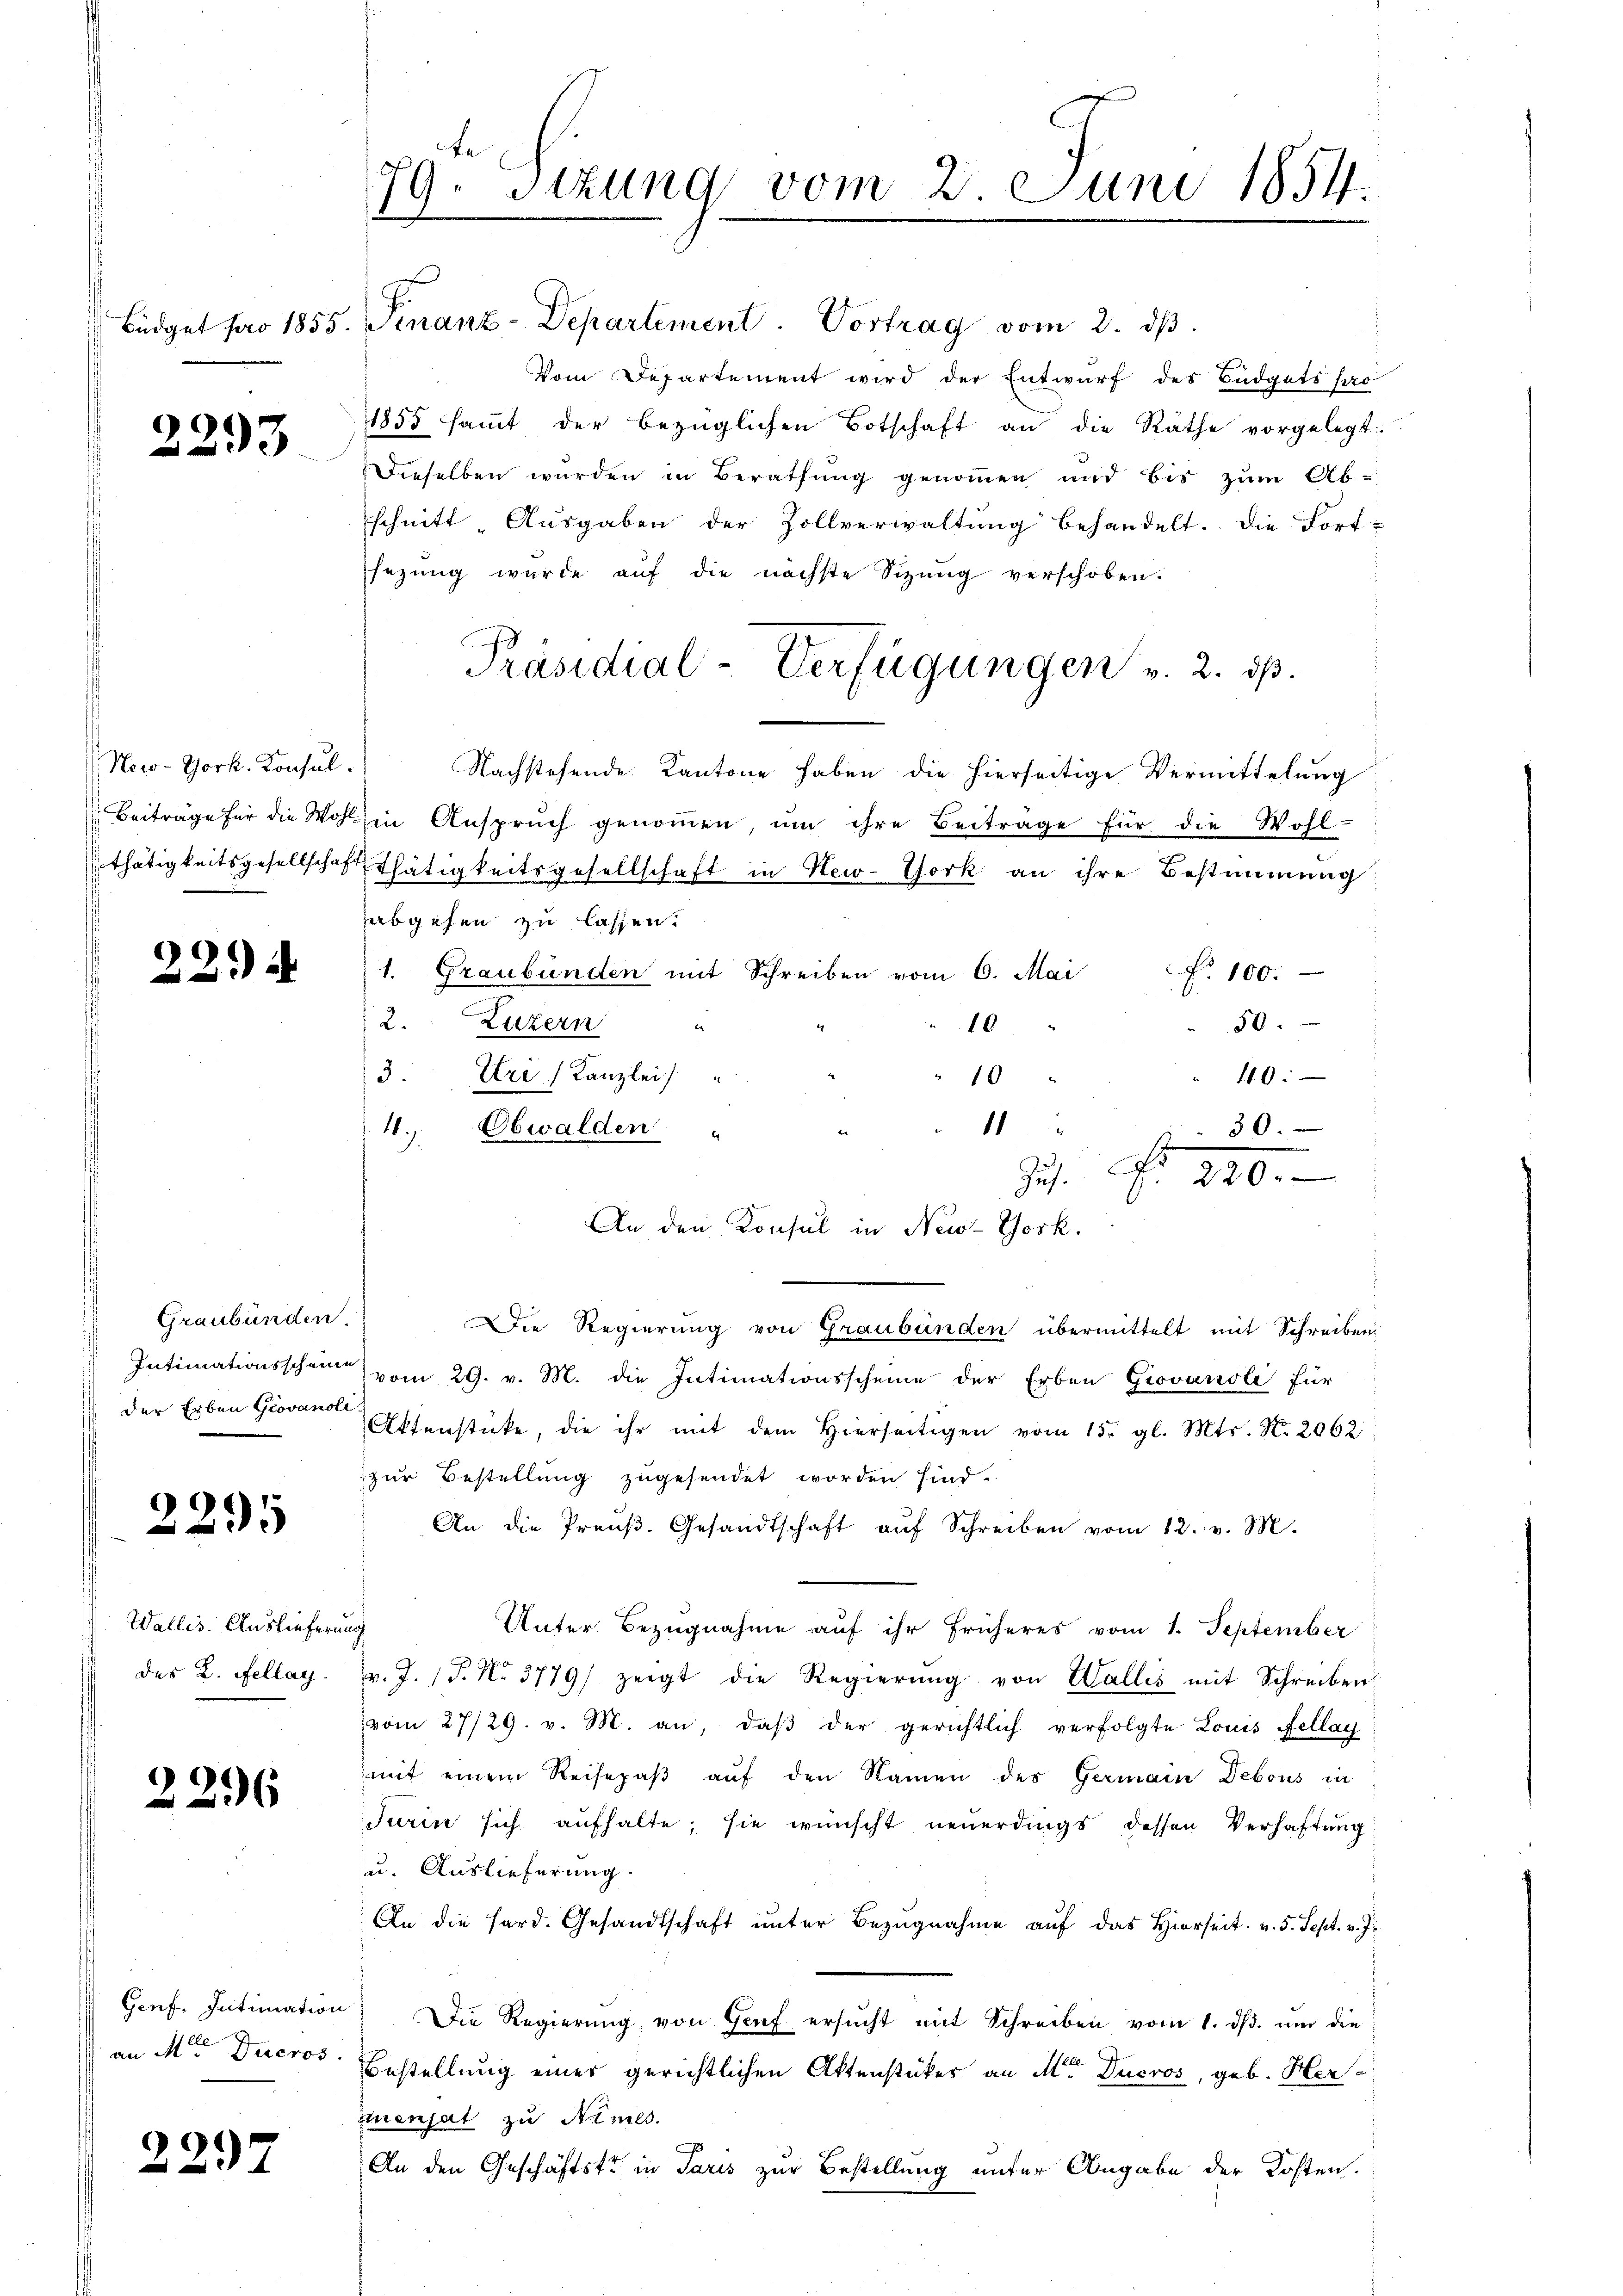
2293

New-York. Konsul

22.

Graubünden.
Der Erben Giovanoli

2295

Wallis Ausliefern
des 2. Fellay.

2296

Genf. Intimation
an Mor. Ducros

2297

te
79 sizung vom 2. Juni 1854.

Büdget pro 1855. Finanz-Departement. Vortrag vom 2. dβ.
Vom Departement wird der Entwurf des Büdgets pro
1855 saṁt der bezüglichen Botschaft an die Räthe vorgelegt.
Dieselben wurden in Berathung genommen und bis zum Ab-
schnitt Ausgaben der Zollverwaltung behandelt. Die Fort-
sezung wurde auf die nächste Sizŭng verschoben.
Präsidial-Verfügungen v. 2. ds.
Nachstehende Kantone haben die hierseitige Vermittelung
Beiträge für die Wohl in Ansprŭch genoṁen, ŭm ihre Beiträge für die Wohl-
Ethätigkeitsgesellschaft Thätigkeitsgesellschaft in New-York an ihre Bestimmung
abgehen zu lassen.
No. 100.
1. Graubünden mit Schreiben vom 6. Mai
12.
Luzern
50
e
10
13.
Uri (Kanzlei
40:
10
4.)
Die Regierung von Graubünden übermittelt mit Schreiben
Intimationsschein vom 29. v. M. die Intimationsscheine der Erben Giovanioli für
Aktenstücke, die ihr mit dem hierseitigen vom 15. gl. Mts. N. 2062
zur Bestellung zugesendet worden sind.
An die Preŭβ. Gesandtschaft aŭf Schreiben vom 12. v. M.
i
Unter Bezugnahme auf ihr früheres vom 1. September
v. J. 17. No. 3779/ zeigt die Regierŭng von Wallis mit Schreiben
vom 27/29. v. M. an, daβ der gerichtlich verfolgte Louis Fellan
mit einem Reisepaβ aŭf den Namen des Germain Debous in
Turin sich aufhalte; sie wünscht neuerdings dessen Verhaftung
zu. Auslieferung.
An die Hard. Gesandtschaft unter Bezugnahme auf das Hierseit v. 5. Sept. v. J.
Die Regierung von Genf ersucht mit Schreiben vom 1. ds. um die
Bestellung einer gerichtlichen Aktenstückes an Meter Ducros, geb. Her
Zuenjat zu Nimes.
An den Geschäftstr in Paris zur Bestellung unter Angabe der Kosten.

1
30.
Obwalden
J Nr. 290.
An den Konsul in New-York.